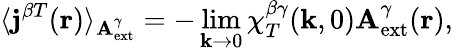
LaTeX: \langle{\mathbf j}^{\beta T}({\mathbf r})\rangle_{{\mathbf A}_{\mathrm{ext}}^{\gamma}}=-\operatorname*{lim}_{{\mathbf k}\to 0}\chi_{T}^{\beta\gamma}({\mathbf k},0){\mathbf A}_{\mathrm{ext}}^{\gamma}({\mathbf r}),